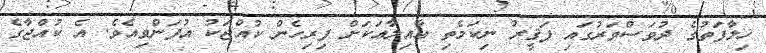
ޚިލާފަތުގެ ދުވަސްވަރުގައި ފަޤީރު ނިކަމެތި ޢާއިލާއަކަށް ފިރިހެން ކުއްޖަކު އުފަންވިއެވެ. އެ ކުއްޖާގެ